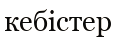
кебістер